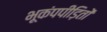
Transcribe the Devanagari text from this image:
भूकंपपीड़ितों